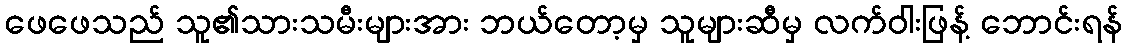
ဖေဖေသည် သူ၏သားသမီးများအား ဘယ်တော့မှ သူများဆီမှ လက်ဝါးဖြန့် ဘောင်းရန်